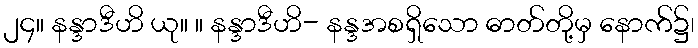
၂၄။ နန္ဒာဒီဟိ ယု။ ။ နန္ဒာဒီဟိ- နန္ဒအစရှိသော ဓာတ်တို့မှ နောက်၌၊